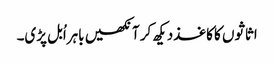
اثاثوں کا کاغذدیکھ کر آنکھیں باہراُبل پڑی۔